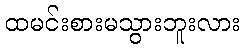
ထမင်းစားမသွားဘူးလား